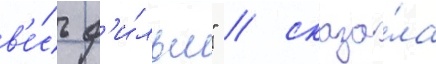
в'е́сь ф'и́льм" / сказа́ла